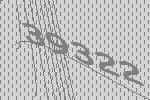
39322